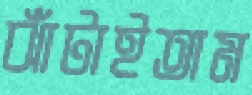
ঝাঁটাইতাম